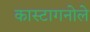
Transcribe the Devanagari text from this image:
कास्टागनोले